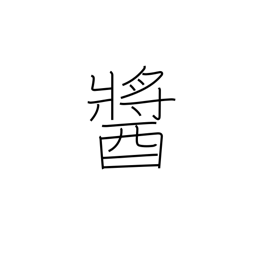
Meaning: any jam-like or paste-like food